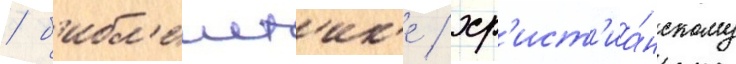
/ б'ибл'еист'ик'е / хр'ист'иа́нскому